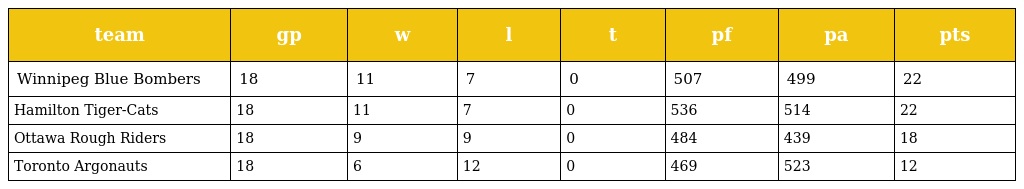
| team | gp | w | l | t | pf | pa | pts |
 | --- | --- | --- | --- | --- | --- | --- | --- |
 | Winnipeg Blue Bombers | 18 | 11 | 7 | 0 | 507 | 499 | 22 |
 | Hamilton Tiger-Cats | 18 | 11 | 7 | 0 | 536 | 514 | 22 |
 | Ottawa Rough Riders | 18 | 9 | 9 | 0 | 484 | 439 | 18 |
 | Toronto Argonauts | 18 | 6 | 12 | 0 | 469 | 523 | 12 |